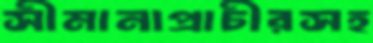
সীমানাপ্রাচীরসহ